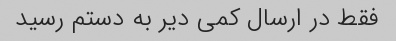
فقط در ارسال کمی دیر به دستم رسید